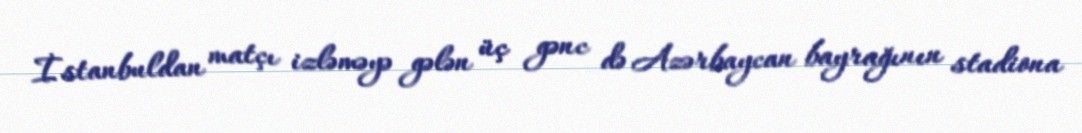
İstanbuldan matçı izləməyə gələn üç gənc də Azərbaycan bayrağının stadiona